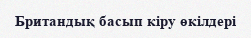
Британдық басып кіру өкілдері